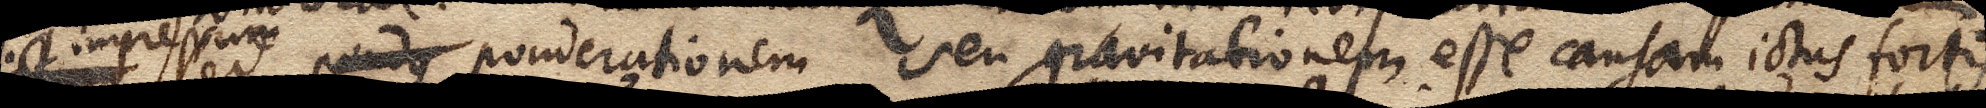
ictum sed pondus ponderationem seu gravitationem esse causam ictus fortis.